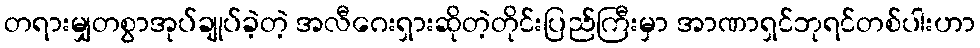
တရားမျှတစွာအုပ်ချုပ်ခဲ့တဲ့ အလီဂေးရှားဆိုတဲ့တိုင်းပြည်ကြီးမှာ အာဏာရှင်ဘုရင်တစ်ပါးဟာ